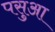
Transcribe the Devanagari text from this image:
पसुआ